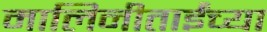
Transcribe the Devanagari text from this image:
मालिनीताईंच्या